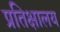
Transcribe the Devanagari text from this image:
प्रतिक्षालय